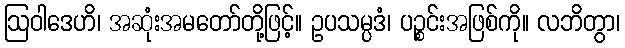
ဩဝါဒေဟိ၊ အဆုံးအမတော်တို့ဖြင့်။ ဥပသမ္ပဒံ၊ ပဉ္စင်းအဖြစ်ကို။ လဘိတွာ၊